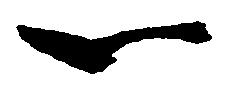
一